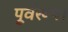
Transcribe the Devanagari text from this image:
पूर्वरूप।